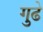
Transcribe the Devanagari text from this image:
गुढे